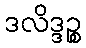
ဒလိဒ္ဒဉ္စ